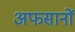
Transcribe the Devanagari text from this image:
अफसानों